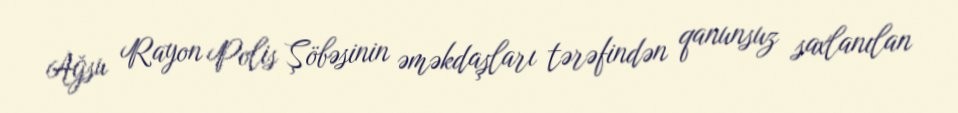
Ağsu Rayon Polis Şöbəsinin əməkdaşları tərəfindən qanunsuz saxlanılan